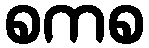
စကစ